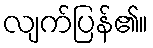
လျက်ပြန်၏။